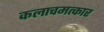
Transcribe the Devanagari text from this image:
कलाचमत्कार